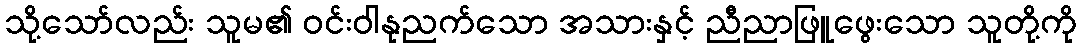
သို့သော်လည်း သူမ၏ ဝင်းဝါနုညက်သော အသားနှင့် ညီညာဖြူဖွေးသော သူတို့ကို